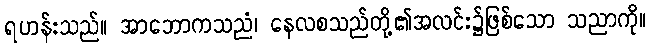
ရဟန်းသည်။ အာဘောကသညံ၊ နေလစသည်တို့၏အလင်း၌ဖြစ်သော သညာကို။